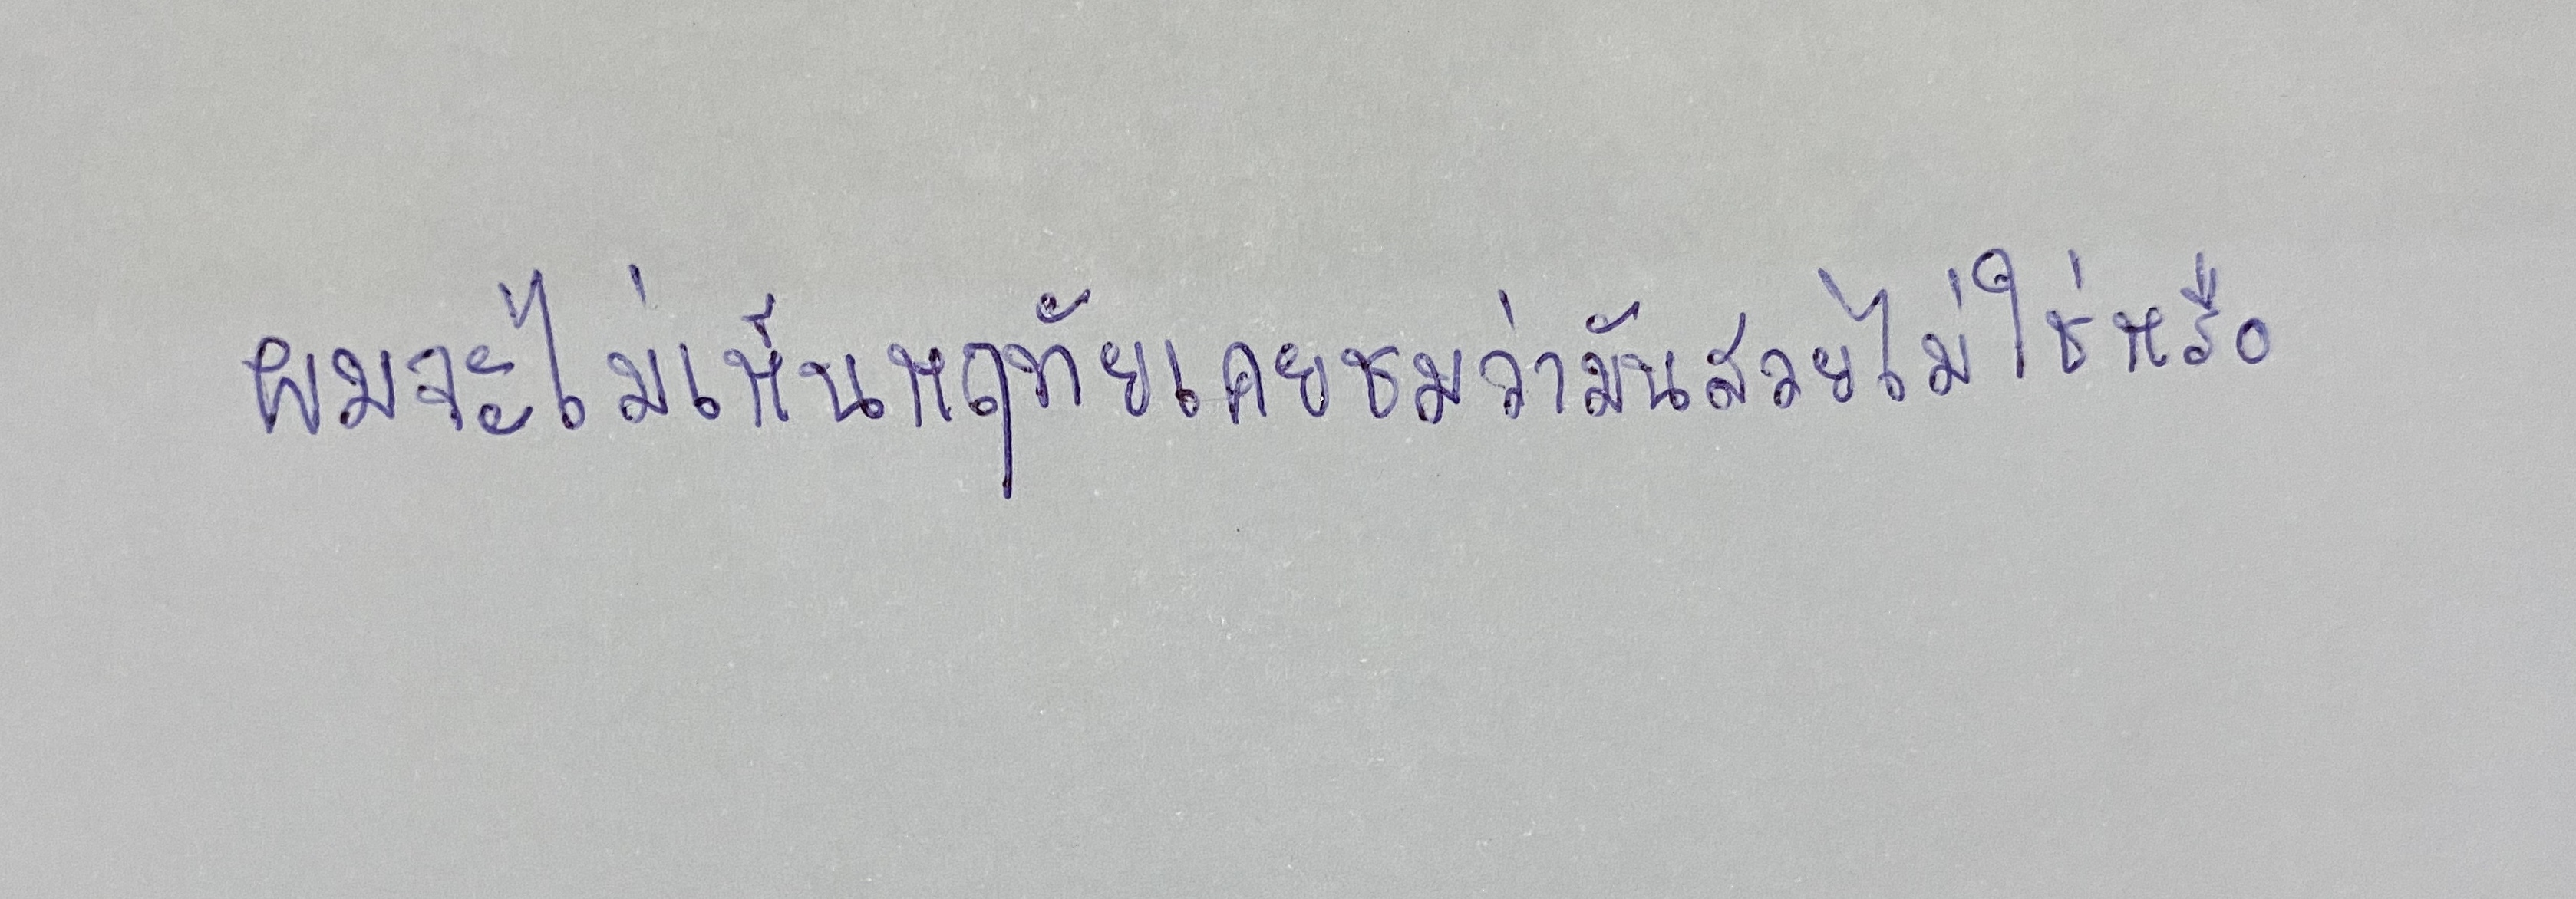
"ผมจะไม่เห็นหฤทัยเคยชมว่ามันสวยไม่ใช่หรือ"